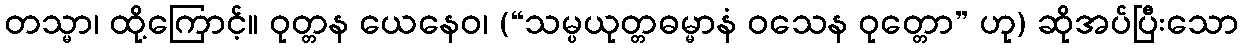
တသ္မာ၊ ထို့ကြောင့်။ ဝုတ္တန ယေနေဝ၊ (“သမ္ပယုတ္တဓမ္မာနံ ဝသေန ဝုတ္တော” ဟု) ဆိုအပ်ပြီးသော